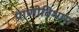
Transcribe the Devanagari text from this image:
प्राणीविभाग